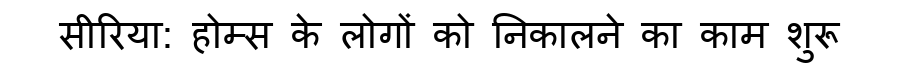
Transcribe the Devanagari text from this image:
सीरिया: होम्स के लोगों को निकालने का काम शुरू